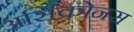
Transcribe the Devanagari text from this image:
असिंक्रोनस